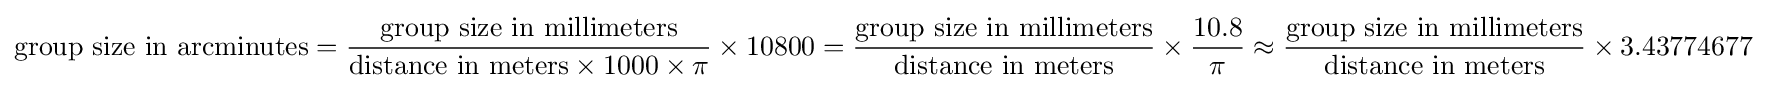
{\text{group size in arcminutes}}={\frac {\text{group size in millimeters}}{{\text{distance in meters}}\times 1000\times \pi }}\times 10800={\frac {\text{group size in millimeters}}{\text{distance in meters}}}\times {\frac {10.8}{\pi }}\approx {\frac {\text{group size in millimeters}}{\text{distance in meters}}}\times 3.43774677